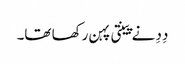
دِدِ نے پینتی پہن رکھا تھا۔